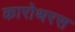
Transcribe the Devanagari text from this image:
कारोथरस